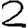
Digit: 2